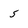
Character: 5